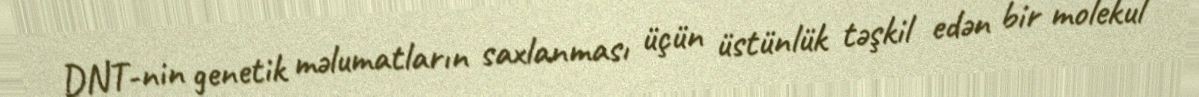
DNT-nin genetik məlumatların saxlanması üçün üstünlük təşkil edən bir molekul